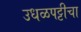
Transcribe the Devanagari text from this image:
उधळपट्टीचा